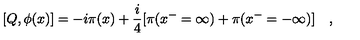
[ Q , \phi ( x ) ] = - i \pi ( x ) + \frac { i } { 4 } [ \pi ( x ^ { - } = \infty ) + \pi ( x ^ { - } = - \infty ) ] \quad ,